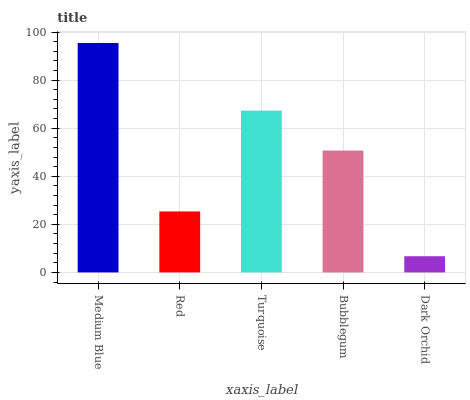
| xaxis_label | bars |
 | --- | --- |
 | Medium Blue | 95.4 |
 | Red | 25.4 |
 | Turquoise | 67.3 |
 | Bubblegum | 50.7 |
 | Dark Orchid | 6.73 |